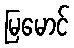
မြမောင်